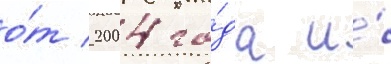
о́т 2004 го́да и́